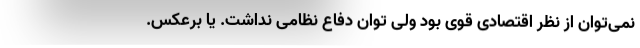
نمی‌توان از نظر اقتصادی قوی بود ولی توان دفاع نظامی نداشت. یا برعکس.